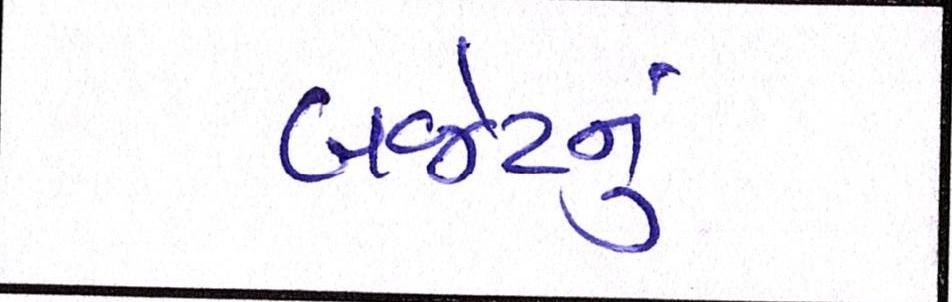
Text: બજેટનું